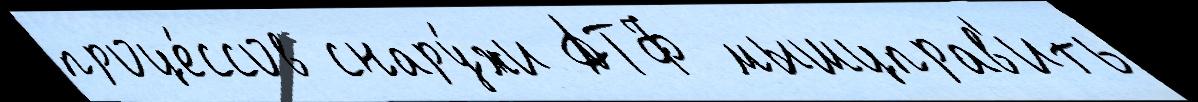
проце́ссов снару́жи АТФ мышцправ'ить